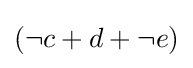
{\textstyle (\neg c+d+\neg e)}